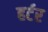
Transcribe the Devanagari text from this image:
हर्टर